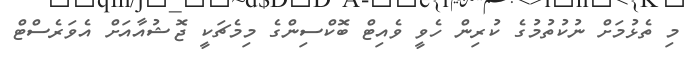
މި ތެޅުމަށް ނުކުތުމުގެ ކުރިން ހެވީ ވެއިޓް ބޮކްސިންގެ މިމެޗަކީ ޖޮޝުއާއަށް އެވަރެސްޓް